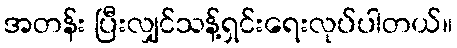
အတန်း ပြီးလျှင်သန့်ရှင်းရေးလုပ်ပါတယ်။